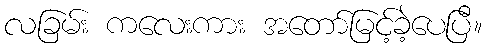
လခြမ်း ကလေးကား အတော်မြင့်ခဲ့ပေပြီ။